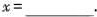
$$x = _____$$.